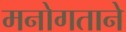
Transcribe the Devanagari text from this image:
मनोगताने